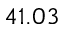
4 1 . 0 3